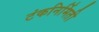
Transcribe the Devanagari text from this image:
टंकनिर्मिती